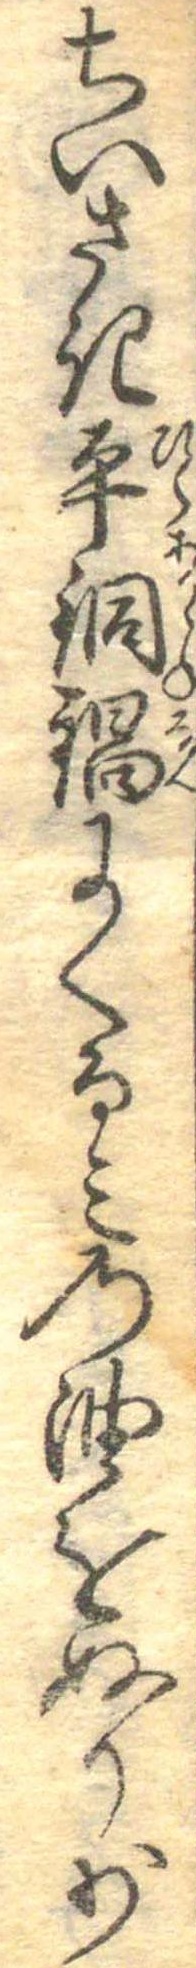
ちいさき平銅鍋にくるみの油をぬり少